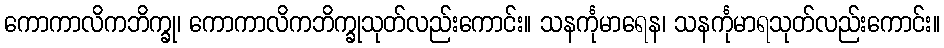
ကောကာလိကဘိက္ခု၊ ကောကာလိကဘိက္ခုသုတ်လည်းကောင်း။ သနင်္ကုမာရေန၊ သနင်္ကုမာရသုတ်လည်းကောင်း။